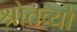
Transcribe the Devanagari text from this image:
श्रोतव्यो